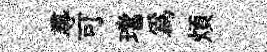
𡬶可璫爲煩